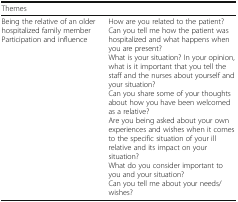
<table><thead><tr><td colspan="2"><b>Themes</b></td></tr></thead><tbody><tr><td>Being the relative of an older hospitalized family memberParticipation and influence</td><td>How are you related to the patient?Can you tell me how the patient was hospitalized and what happens when you are present?What is your situation? In your opinion, what is it important that you tell the staff and the nurses about yourself and your situation?Can you share some of your thoughts about how you have been welcomed as a relative?Are you being asked about your own experiences and wishes when it comes to the specific situation of your ill relative and its impact on your situation?What do you consider important to you and your situation?Can you tell me about your needs/wishes?</td></tr></tbody></table>